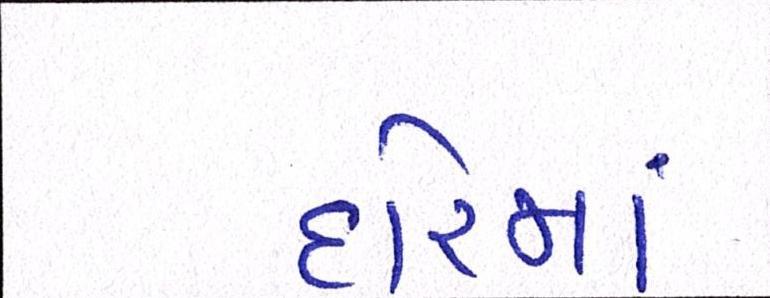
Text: દોરમાં